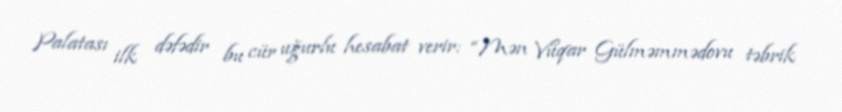
Palatası ilk dəfədir bu cür uğurlu hesabat verir: “Mən Vüqar Gülməmmədovu təbrik